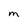
Character: M